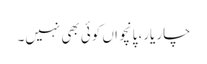
چار یار، پانچواں کوئی بھی نہیں۔